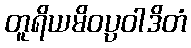
တူရိယမိဝပ္ပဝါဒိတံ